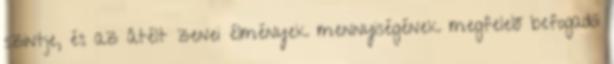
szintje, és az átélt zenei élmények mennyiségének megfelelő befogadói